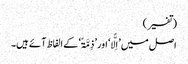
(تفسیر)
اصل میں ’اِلًّا‘ اور ’ذِمَّۃً‘ کے الفاظ آئے ہیں۔